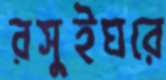
রসুইঘরে